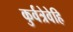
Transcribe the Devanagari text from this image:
कुर्वत्रेवेहि